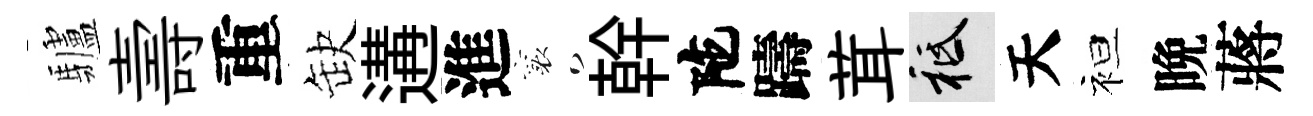
驢壽重缺遘進襄幹陀躊茸祇天袒晩蔣